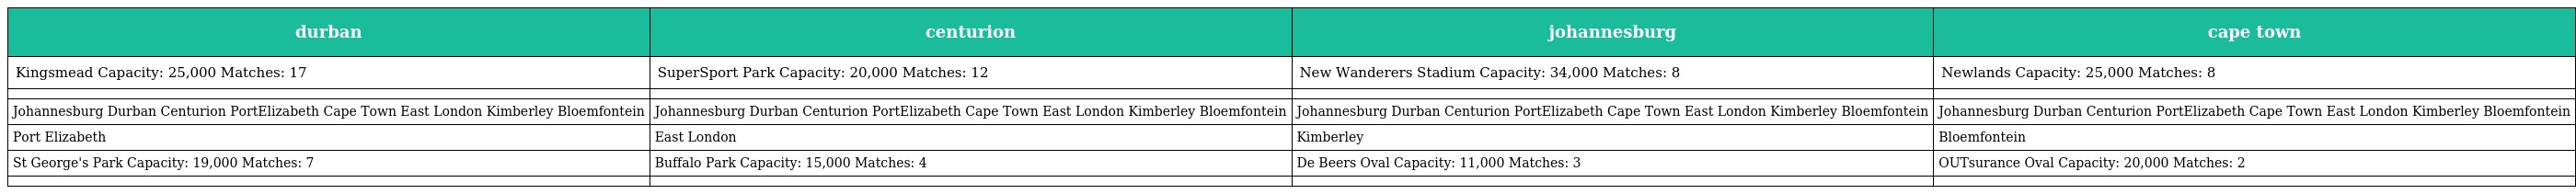
| durban | centurion | johannesburg | cape town |
 | --- | --- | --- | --- |
 | Kingsmead Capacity: 25,000 Matches: 17 | SuperSport Park Capacity: 20,000 Matches: 12 | New Wanderers Stadium Capacity: 34,000 Matches: 8 | Newlands Capacity: 25,000 Matches: 8 |
 |  |  |  |  |
 | Johannesburg Durban Centurion PortElizabeth Cape Town East London Kimberley Bloemfontein | Johannesburg Durban Centurion PortElizabeth Cape Town East London Kimberley Bloemfontein | Johannesburg Durban Centurion PortElizabeth Cape Town East London Kimberley Bloemfontein | Johannesburg Durban Centurion PortElizabeth Cape Town East London Kimberley Bloemfontein |
 | Port Elizabeth | East London | Kimberley | Bloemfontein |
 | St George's Park Capacity: 19,000 Matches: 7 | Buffalo Park Capacity: 15,000 Matches: 4 | De Beers Oval Capacity: 11,000 Matches: 3 | OUTsurance Oval Capacity: 20,000 Matches: 2 |
 |  |  |  |  |